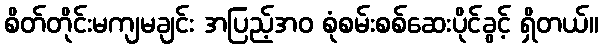
စိတ်တိုင်းမကျမချင်း အပြည့်အဝ စုံစမ်းစစ်ဆေးပိုင်ခွင့် ရှိတယ်။